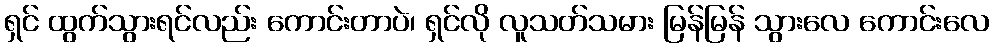
ရှင် ထွက်သွားရင်လည်း ကောင်းတာပဲ၊ ရှင်လို လူသတ်သမား မြန်မြန် သွားလေ ကောင်းလေ